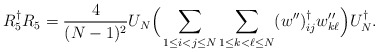
\begin{align*}R_5^\dagger R_5 = \frac{4}{(N-1)^2} U_N \Big( \sum_{1\le i<j \le N} \sum_{1\le k<\ell \le N} (w'')^\dagger_{ij} w''_{k\ell} \Big) U_N^\dagger. \end{align*}